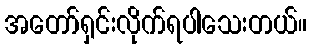
အတော်ရှင်းလိုက်ရပါသေးတယ်။